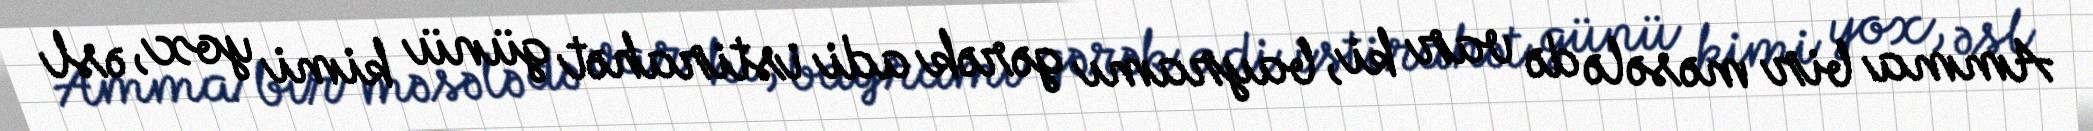
Amma bir məsələ də var ki, bayramı gərək adi istirahət günü kimi yox, əsl